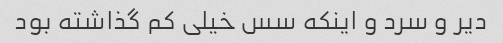
دیر و سرد و اینکه سس خیلى کم گذاشته بود